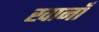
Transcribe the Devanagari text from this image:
खानाँ